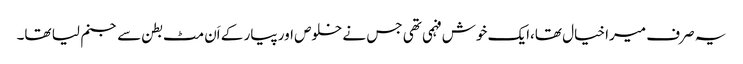
یہ صرف میرا خیال تھا،ایک خوش فہمی تھی جس نے خلوص اور پیار کے اَن مٹ بطن سے جنم لیا تھا۔